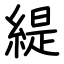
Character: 緹